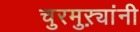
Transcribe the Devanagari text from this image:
चुरमुऱ्यांनी